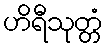
ဟိရီသုတ္တံ